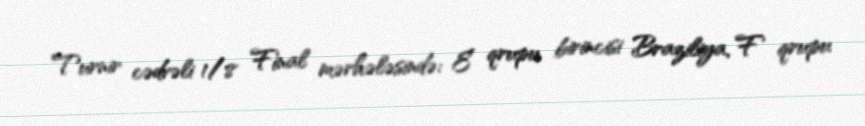
Turnir cədvəli 1/8 Final mərhələsində: E qrupu birincisi Braziliya, F qrupu